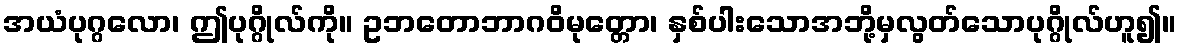
အယံပုဂ္ဂလော၊ ဤပုဂ္ဂိုလ်ကို။ ဥဘတောဘာဂဝိမုတ္တော၊ နှစ်ပါးသောအဘို့မှလွတ်သောပုဂ္ဂိုလ်ဟူ၍။